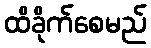
ထိခိုက်စေမည်